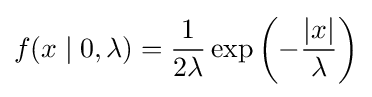
f(x\mid 0,\lambda )={\frac {1}{2\lambda }}\exp \left(-{\frac {|x|}{\lambda }}\right)\,\!